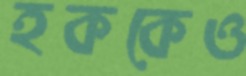
হককেও